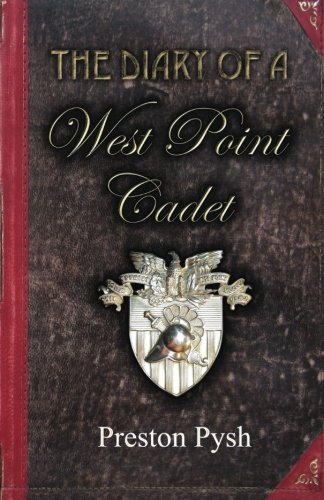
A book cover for The Diary of a West Point Cadet: Captivating and Hilarious Stories for Developing the Leader Within You; Preston George Pysh; Test Preparation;